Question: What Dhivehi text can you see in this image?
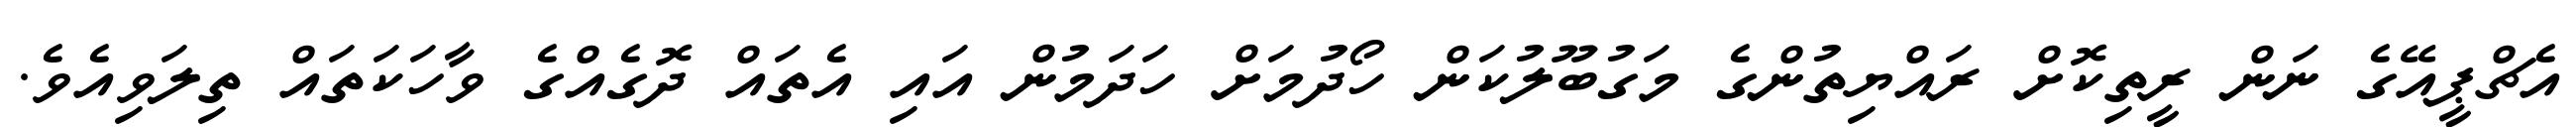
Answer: އެޗްޕީއޭގެ ނަން ރީތިކޮށް ރައްޔިތުންގެ މަގުބޫލުކަން ހޯދުމަށް ހަދަމުން އައި އެތައް ދޮގެއްގެ ވާހަކަތައް ތިލަވިއެވެ.